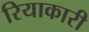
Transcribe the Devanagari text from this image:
रियाकारी